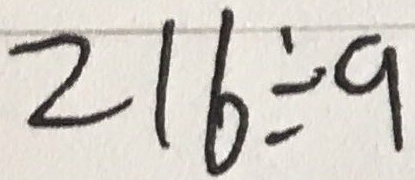
2 1 6 \div a